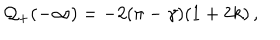
{ \cal Q } _ { + } ( - \infty ) = - 2 ( \pi - \gamma ) ( 1 + 2 k ) \, ,